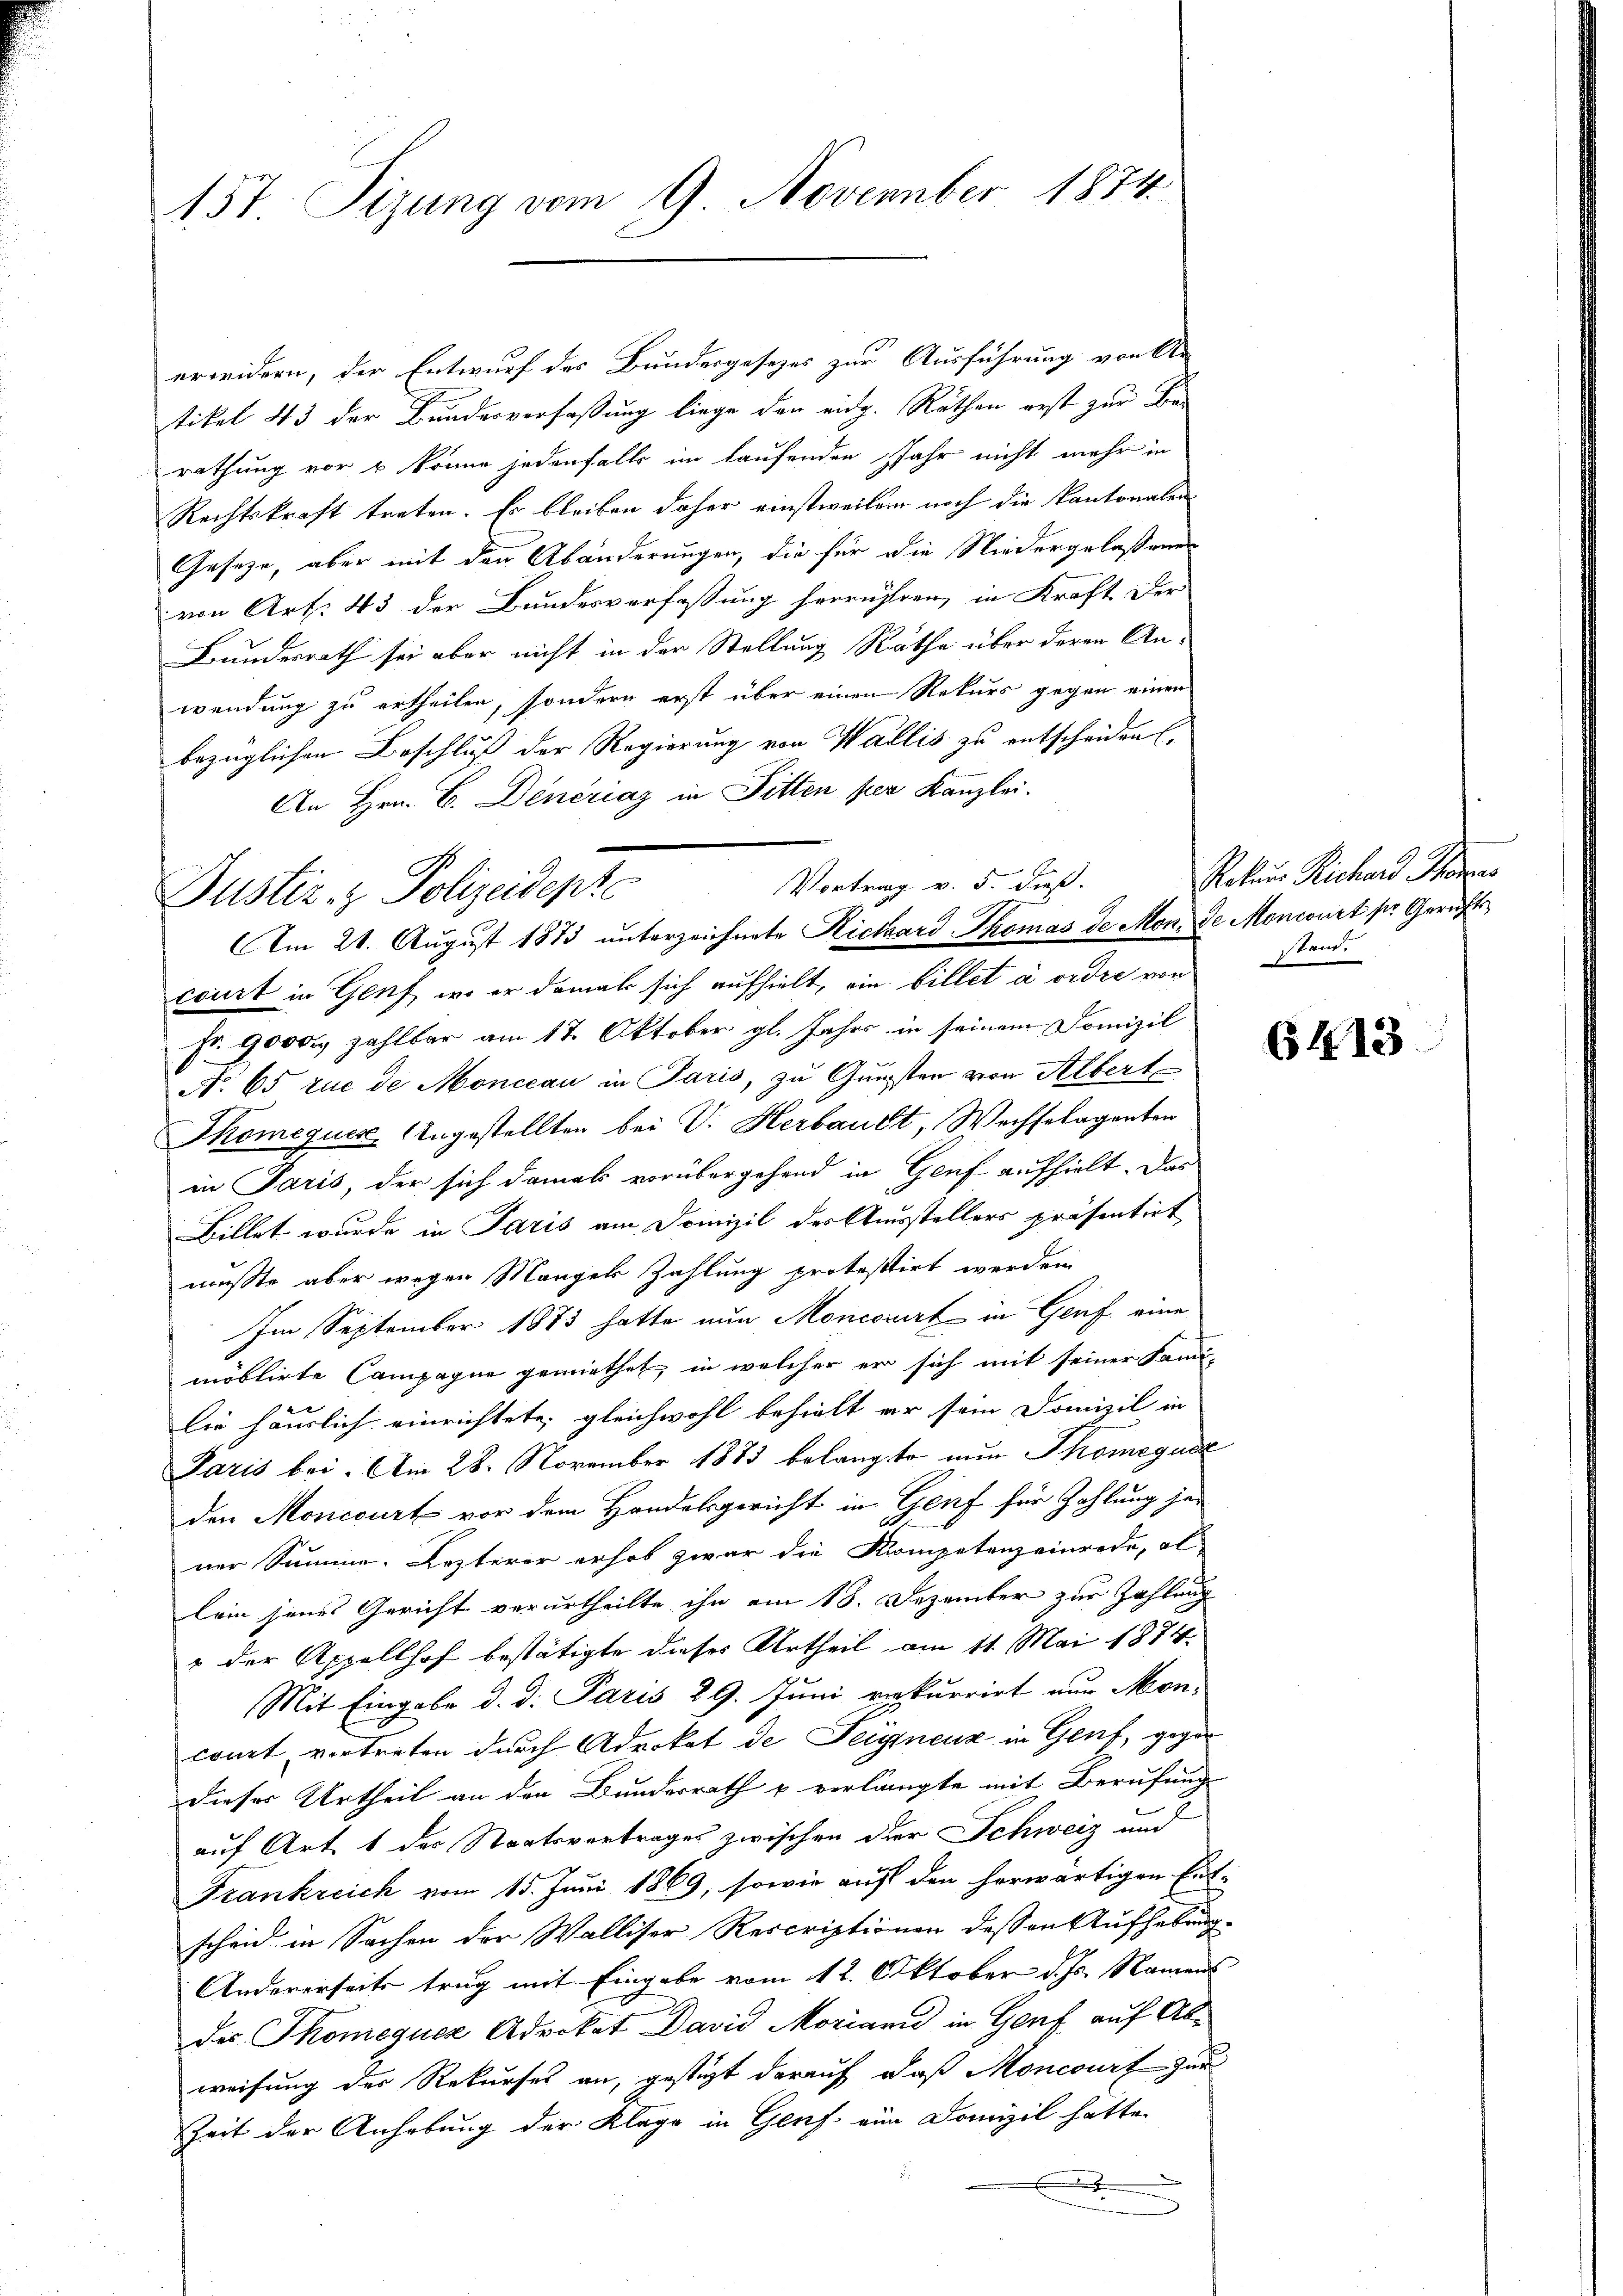
157. Sizung vom 9. November 1874.

erwidern, der Entwurf des Bundesgesezes zur Ausführung von An
tikel 43 der Bundesverfaßung liege den eidg. Räthen erst zur Berathung vor & könne jedenfalls im laufenden Jahr nicht mehr in
Rechtskraft treten. Er bleiben daher einstweilen noch die kantonalen
Geseze, aber mit den Abänderungen, die für die Niedergelaßenen
von Art. 43 der Bundesverfassung herrühren, in Kraft. Der
Bundesrath sei aber nicht in der Stellung Räthe über deren Anwendung zu ertheilen, sondern erst über einen Rekurs gegen einen
bezüglichen Beschluß der Regierung von Wallis zu entscheiden (
An Hrn. C. Dencriaz in Fitten per Kanzlei.
Am 21. August 1873 unterzeichnete Rickhard Thomas de Mon. De Moncourt ser Gerichtscourt in Genf, wo er damals sich aufhielt, ein billet a ordre von stand.
Fr. 9000. zahlbar am 17. Oktober gl. Jahrs in seinem Domizil
A. 65 zue de Monccau in Paris, zu Gunsten von Albert
Skomequer, Angestellten bei V. Herbauet, Wechselagenten
in Paris, der sich damals vorübergehend in Genf aufhielt. Das
Billet wurde in Paris am Drinizil des Ausstellers präsentirt
musste aber wegen Mangels Zahlung protestirt werden.
Im September 1873 hatte nun Moncorirt in Genf eine
möblirte Campagne gemiethet, in welcher er sich mit seiner Sani-
lie häuslich einrichtete, gleichwohl behielt er sein Domizil in
Jaris bei. Am 28. November 1883 belangte nun Thomegual
den Moncourt vor dem Handelsgericht in Genf für Zahlung jed
ner Summe. Lezterer erhob zwar die Kompetenzeinrede, al
lein jenes Gericht verurtheilte ihn am 18. Dezember zur Zahlung
1 der Appellhof bestätigte dieses Urtheil am 11. Mai 1874.
Mit Eingabe d. d. Paris 29. Juni rekurrirt nur Mon-
court, vertreten durch Advokat de Teigneuz in Genf, gegen
Dieser Urtheil an den Bundesrath u verlangte mit Berufung
auf Art. 1 des Staatsvertrages zwischen der Schweiz und
Frankreich vom 15. Juni 1869, sowie auf den herwärtigen Entscheid in Sachen der Walliser Rescriptionen dessen Aufhebung
Andererseits trug mit Eingabe vom 12. Oktober d. Js. Namen
des Thomeguer Advokat David Moriann in Genf auf Abweisung des Rekurses an, gestigt darauf, daß Moncourt zur
Zeit der Anhebung der Klage in Genf ein Domizil hatte.
.
u
u

Vortrag v. 5. dieß.
Justiz- & Polizeidente

Roker Richard Stan

6413